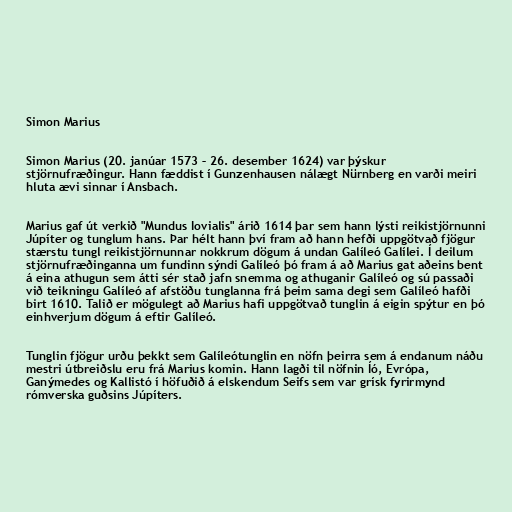
Simon Marius

Simon Marius (20. janúar 1573 – 26. desember 1624) var þýskur
stjörnufræðingur. Hann fæddist í Gunzenhausen nálægt Nürnberg en varði meiri
hluta ævi sinnar í Ansbach.

Marius gaf út verkið "Mundus Iovialis" árið 1614 þar sem hann lýsti reikistjörnunni
Júpíter og tunglum hans. Þar hélt hann því fram að hann hefði uppgötvað fjögur
stærstu tungl reikistjörnunnar nokkrum dögum á undan Galíleó Galílei. Í deilum
stjörnufræðinganna um fundinn sýndi Galíleó þó fram á að Marius gat aðeins bent
á eina athugun sem átti sér stað jafn snemma og athuganir Galíleó og sú passaði
við teikningu Galíleó af afstöðu tunglanna frá þeim sama degi sem Galíleó hafði
birt 1610. Talið er mögulegt að Marius hafi uppgötvað tunglin á eigin spýtur en þó
einhverjum dögum á eftir Galíleó.

Tunglin fjögur urðu þekkt sem Galíleótunglin en nöfn þeirra sem á endanum náðu
mestri útbreiðslu eru frá Marius komin. Hann lagði til nöfnin Íó, Evrópa,
Ganýmedes og Kallistó í höfuðið á elskendum Seifs sem var grísk fyrirmynd
rómverska guðsins Júpíters.